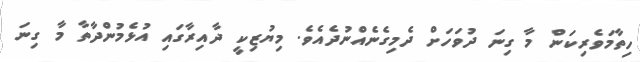
ހިތާމަވެރިކަން މާ ގިނަ ދުވަހަށް ދެމިގެނެއްނުދެއެވެ. މިޔުޒިކީ ދާއިރާގައި އުޅެމުންދާތާ މާ ގިނަ